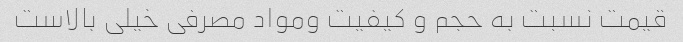
قیمت نسبت به حجم و کیفیت ومواد مصرفی خیلی بالاست